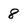
Character: 8